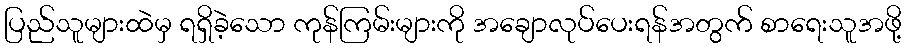
ပြည်သူများထဲမှ ရရှိခဲ့သော ကုန်ကြမ်းများကို အချောလုပ်ပေးရန်အတွက် စာရေးသူအဖို့